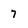
Character: 7